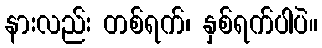
နားလည်း တစ်ရက်၊ နှစ်ရက်ပါပဲ။